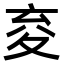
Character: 𭐤